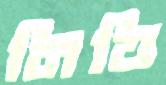
নিত্তি